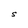
Character: S